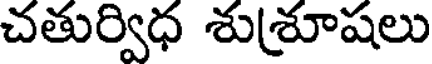
చతుర్విధ శు(శూషలు